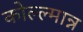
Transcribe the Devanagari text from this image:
कोल्ल्मान्न